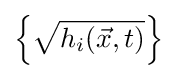
\left\{{\sqrt {h_{i}({\vec {x}},t)}}\right\}